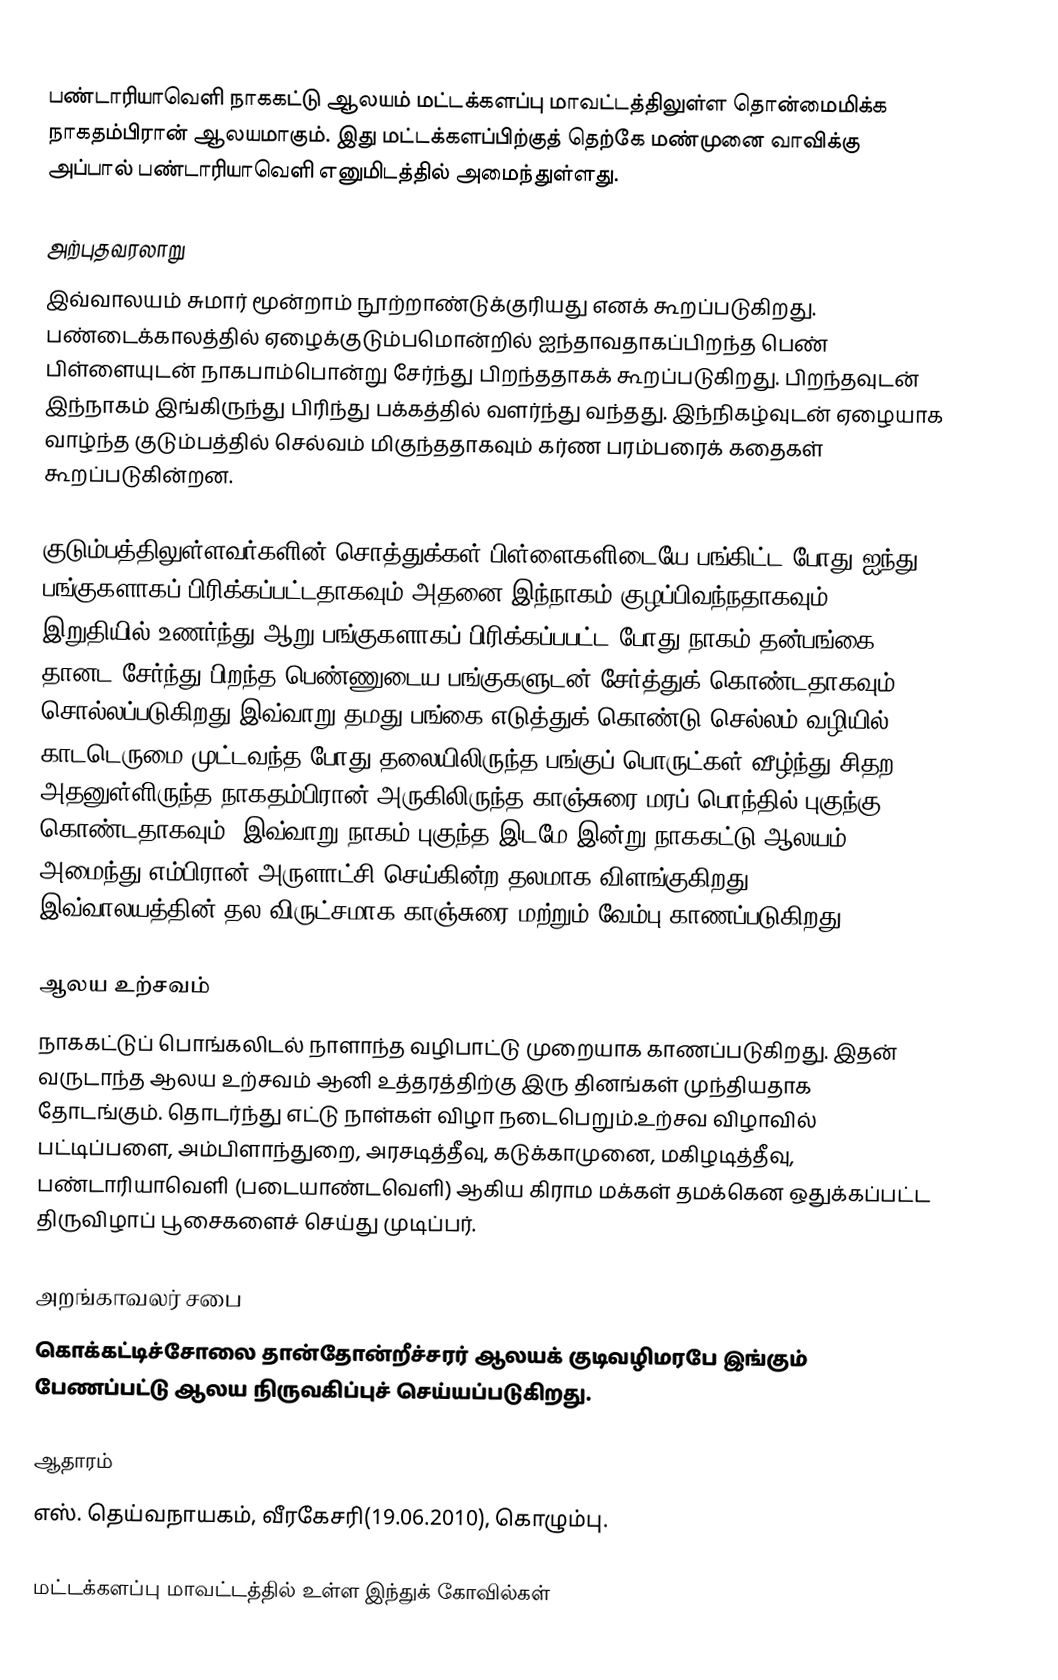
பண்டாரியாவெளி நாககட்டு ஆலயம் மட்டக்களப்பு மாவட்டத்திலுள்ள தொன்மைமிக்க நாகதம்பிரான் ஆலயமாகும். இது மட்டக்களப்பிற்குத் தெற்கே மண்முனை வாவிக்கு அப்பால் பண்டாரியாவெளி எனுமிடத்தில் அமைந்துள்ளது.

அற்புதவரலாறு
இவ்வாலயம் சுமார் மூன்றாம் நூற்றாண்டுக்குரியது எனக் கூறப்படுகிறது. பண்டைக்காலத்தில் ஏழைக்குடும்பமொன்றில் ஐந்தாவதாகப்பிறந்த பெண் பிள்ளையுடன் நாகபாம்பொன்று சேர்ந்து பிறந்ததாகக் கூறப்படுகிறது. பிறந்தவுடன் இந்நாகம் இங்கிருந்து பிரிந்து பக்கத்தில் வளர்ந்து வந்தது. இந்நிகழ்வுடன் ஏழையாக வாழ்ந்த குடும்பத்தில் செல்வம் மிகுந்ததாகவும் கர்ண பரம்பரைக் கதைகள் கூறப்படுகின்றன.

குடும்பத்திலுள்ளவர்களின் சொத்துக்கள் பிள்ளைகளிடையே பங்கிட்ட போது ஐந்து பங்குகளாகப் பிரிக்கப்பட்டதாகவும் அதனை இந்நாகம் குழப்பிவந்நதாகவும் இறுதியில் உணர்ந்து ஆறு பங்குகளாகப் பிரிக்கப்பபட்ட போது நாகம் தன்பங்கை தானட சேர்ந்து பிறந்த பெண்ணுடைய பங்குகளுடன் சேர்த்துக் கொண்டதாகவும் சொல்லப்படுகிறது.இவ்வாறு தமது பங்கை எடுத்துக் கொண்டு செல்லம் வழியில் காடடெருமை முட்டவந்த போது தலையிலிருந்த பங்குப் பொருட்கள் வீழ்ந்து சிதற அதனுள்ளிருந்த நாகதம்பிரான் அருகிலிருந்த காஞ்சுரை மரப் பொந்தில்  புகுந்கு கொண்டதாகவும். இவ்வாறு நாகம் புகுந்த இடமே இன்று நாககட்டு ஆலயம் அமைந்து எம்பிரான் அருளாட்சி செய்கின்ற தலமாக விளங்குகிறது. இவ்வாலயத்தின் தல விருட்சமாக காஞ்சுரை மற்றும் வேம்பு காணப்படுகிறது.

ஆலய உற்சவம்
நாககட்டுப் பொங்கலிடல் நாளாந்த வழிபாட்டு முறையாக காணப்படுகிறது. இதன் வருடாந்த ஆலய உற்சவம் ஆனி உத்தரத்திற்கு இரு தினங்கள் முந்தியதாக தோடங்கும். தொடர்ந்து எட்டு நாள்கள் விழா நடைபெறும்.உற்சவ விழாவில் பட்டிப்பளை, அம்பிளாந்துறை, அரசடித்தீவு, கடுக்காமுனை, மகிழடித்தீவு, பண்டாரியாவெளி (படையாண்டவெளி) ஆகிய கிராம மக்கள் தமக்கென ஒதுக்கப்பட்ட திருவிழாப் பூசைகளைச் செய்து முடிப்பர்.

அறங்காவலர் சபை
கொக்கட்டிச்சோலை தான்தோன்றீச்சரர் ஆலயக் குடிவழிமரபே இங்கும் பேணப்பட்டு ஆலய நிருவகிப்புச் செய்யப்படுகிறது.

ஆதாரம்
 எஸ். தெய்வநாயகம், வீரகேசரி(19.06.2010), கொழும்பு.

மட்டக்களப்பு மாவட்டத்தில் உள்ள இந்துக் கோவில்கள்